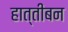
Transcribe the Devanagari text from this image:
हात्तीबन